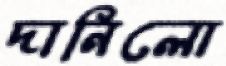
দানিলো